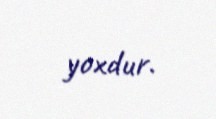
yoxdur.